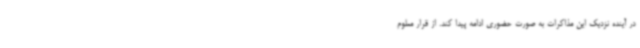
در آینده نزدیک این مذاکرات به صورت حضوری ادامه پیدا کند. از قرار معلوم